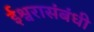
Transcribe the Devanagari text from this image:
ईश्वरासंबंधी